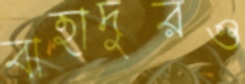
বাহাদুরও